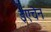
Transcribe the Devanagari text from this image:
इएचेन